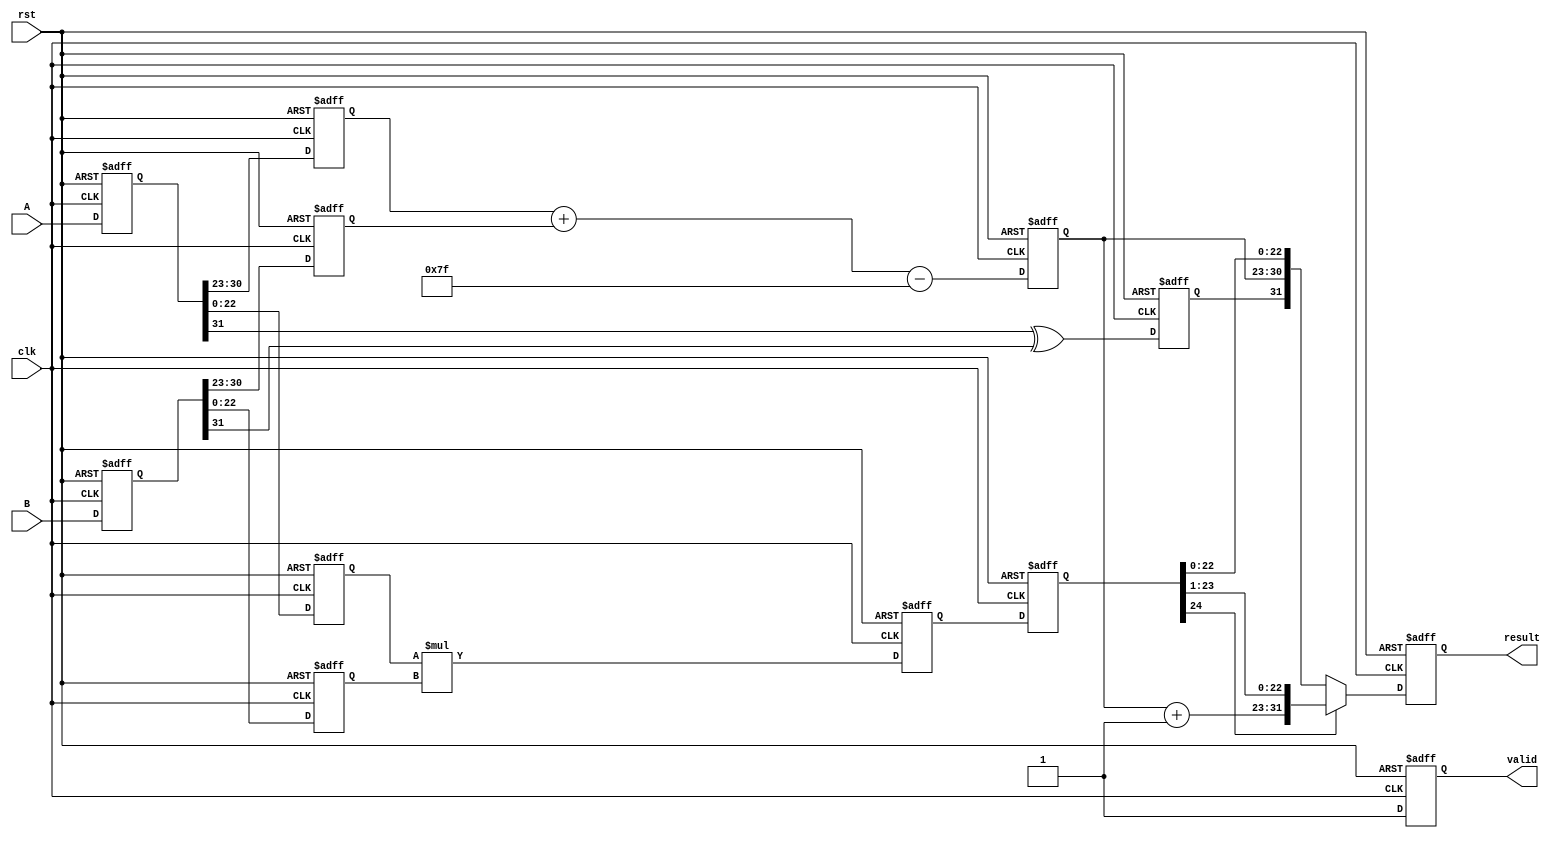
module pipelined_fp_multiplier (
    input clk,
    input rst,
    input [31:0] A,  // First floating-point input
    input [31:0] B,  // Second floating-point input
    output reg [31:0] result,  // Resulting floating-point output
    output reg valid  // Output valid signal
);

// Intermediate signals for pipeline stages
reg [31:0] stage1_A, stage1_B;
reg [7:0] stage2_expA, stage2_expB;
reg [22:0] stage2_mantA, stage2_mantB;
reg [24:0] stage3_mant_product;
reg [7:0] stage4_exp_result;
reg [24:0] stage4_mant_result;
reg stage4_sign_result;

// Constants
localparam EXP_BIAS = 127;

// Stage 1: Input registration
always @(posedge clk or posedge rst) begin
    if (rst) begin
        stage1_A <= 0;
        stage1_B <= 0;
        valid <= 0;
    end else begin
        stage1_A <= A;
        stage1_B <= B;
        valid <= 1;
    end
end

// Stage 2: Normalize mantissas and extract exponents
always @(posedge clk or posedge rst) begin
    if (rst) begin
        stage2_expA <= 0;
        stage2_expB <= 0;
        stage2_mantA <= 0;
        stage2_mantB <= 0;
    end else begin
        stage2_expA <= stage1_A[30:23];  // Extract exponent of A
        stage2_expB <= stage1_B[30:23];  // Extract exponent of B
        stage2_mantA <= {1'b1, stage1_A[22:0]};  // Normalize A's mantissa
        stage2_mantB <= {1'b1, stage1_B[22:0]};  // Normalize B's mantissa
    end
end

// Stage 3: Mantissa multiplication
always @(posedge clk or posedge rst) begin
    if (rst) begin
        stage3_mant_product <= 0;
    end else begin
        stage3_mant_product <= stage2_mantA * stage2_mantB;  // Multiply mantissas
    end
end

// Stage 4: Exponent addition and result assembly
always @(posedge clk or posedge rst) begin
    if (rst) begin
        stage4_exp_result <= 0;
        stage4_mant_result <= 0;
        stage4_sign_result <= 0;
    end else begin
        stage4_exp_result <= (stage2_expA + stage2_expB) - EXP_BIAS; // Add exponents and adjust for bias
        stage4_mant_result <= stage3_mant_product;  // Resulting mantissa
        stage4_sign_result <= stage1_A[31] ^ stage1_B[31];  // Calculate sign
    end
end

// Final Output Stage: Normalize and output result
always @(posedge clk or posedge rst) begin
    if (rst) begin
        result <= 0;
    end else begin
        // Normalize mantissa if necessary
        if (stage4_mant_result[24] == 1) begin
            // If overflow, shift right
            result <= {stage4_sign_result, stage4_exp_result + 1, stage4_mant_result[23:1]};
        end else begin
            // No overflow
            result <= {stage4_sign_result, stage4_exp_result, stage4_mant_result[22:0]};
        end
    end
end

endmodule